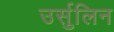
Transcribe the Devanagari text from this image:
उर्सुलिन